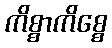
ကိစ္စာကိစ္စေ